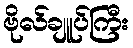
ဗိုလ်ချူပ်ကြီး